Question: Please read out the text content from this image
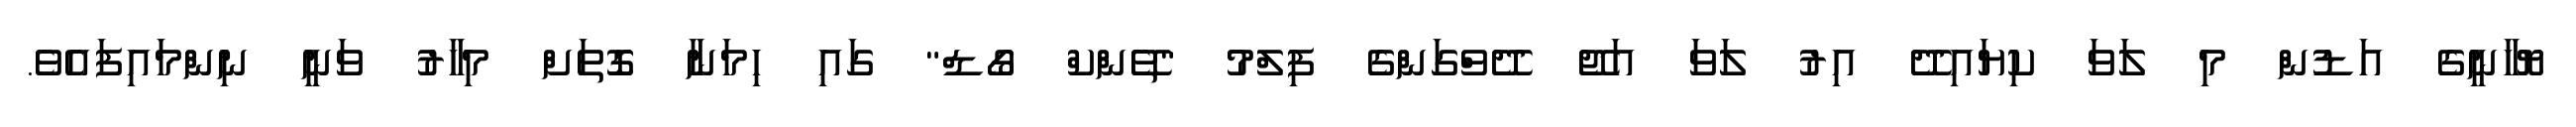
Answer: ޔޮހާނީގެ އަޑުން މި ލަވަ ކިޔައިދޭ އިރު ލަވަ އަޖޭ ދޭވްގަންގެ ފިލްމު "ތޭންކް ގޯޑް" ގައި ހިމަނާ ގޮތަށް މިހާރު ވަނީ ނިންމައިފައެވެ.